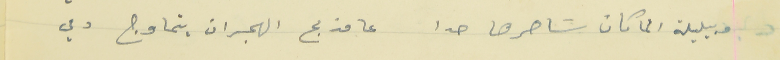
وبليلة الما كان سَاهرها حدا                    عا مذبح الهجران يتماوج دمي